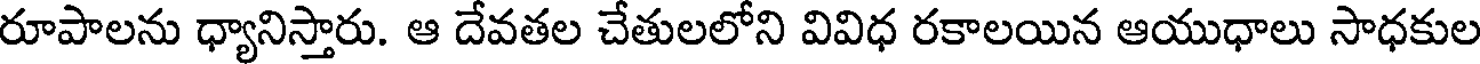
రూపాలను ధ్యానిస్తారు. ఆ దేవతల చేతులలోని వివిధ రకాలయిన ఆయుధాలు సాధకుల